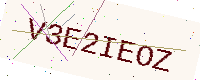
Text: V3E2IEOZ